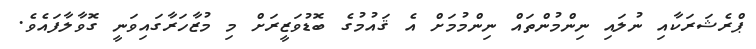
ޕްރެޝަރަކާއި ނުލައި ނިންމުންތައްް ނިންމުމަށް އެ ޤައުމުގެ ބޮޑުވަޒީރަށް މި މުޒާހަރާގައިވަނީ ގޮވާލާފައެވެ.